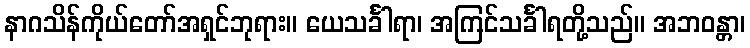
နာဂသိန်ကိုယ်တော်အရှင်ဘုရား။ ယေသင်္ခါရာ၊ အကြင်သင်္ခါရတို့သည်။ အဘဝန္တာ၊